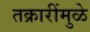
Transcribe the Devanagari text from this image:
तक्रारींमुळे